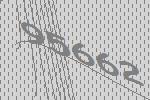
95662